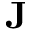
\mathbf { J }